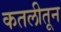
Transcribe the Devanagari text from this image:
कतलीतून